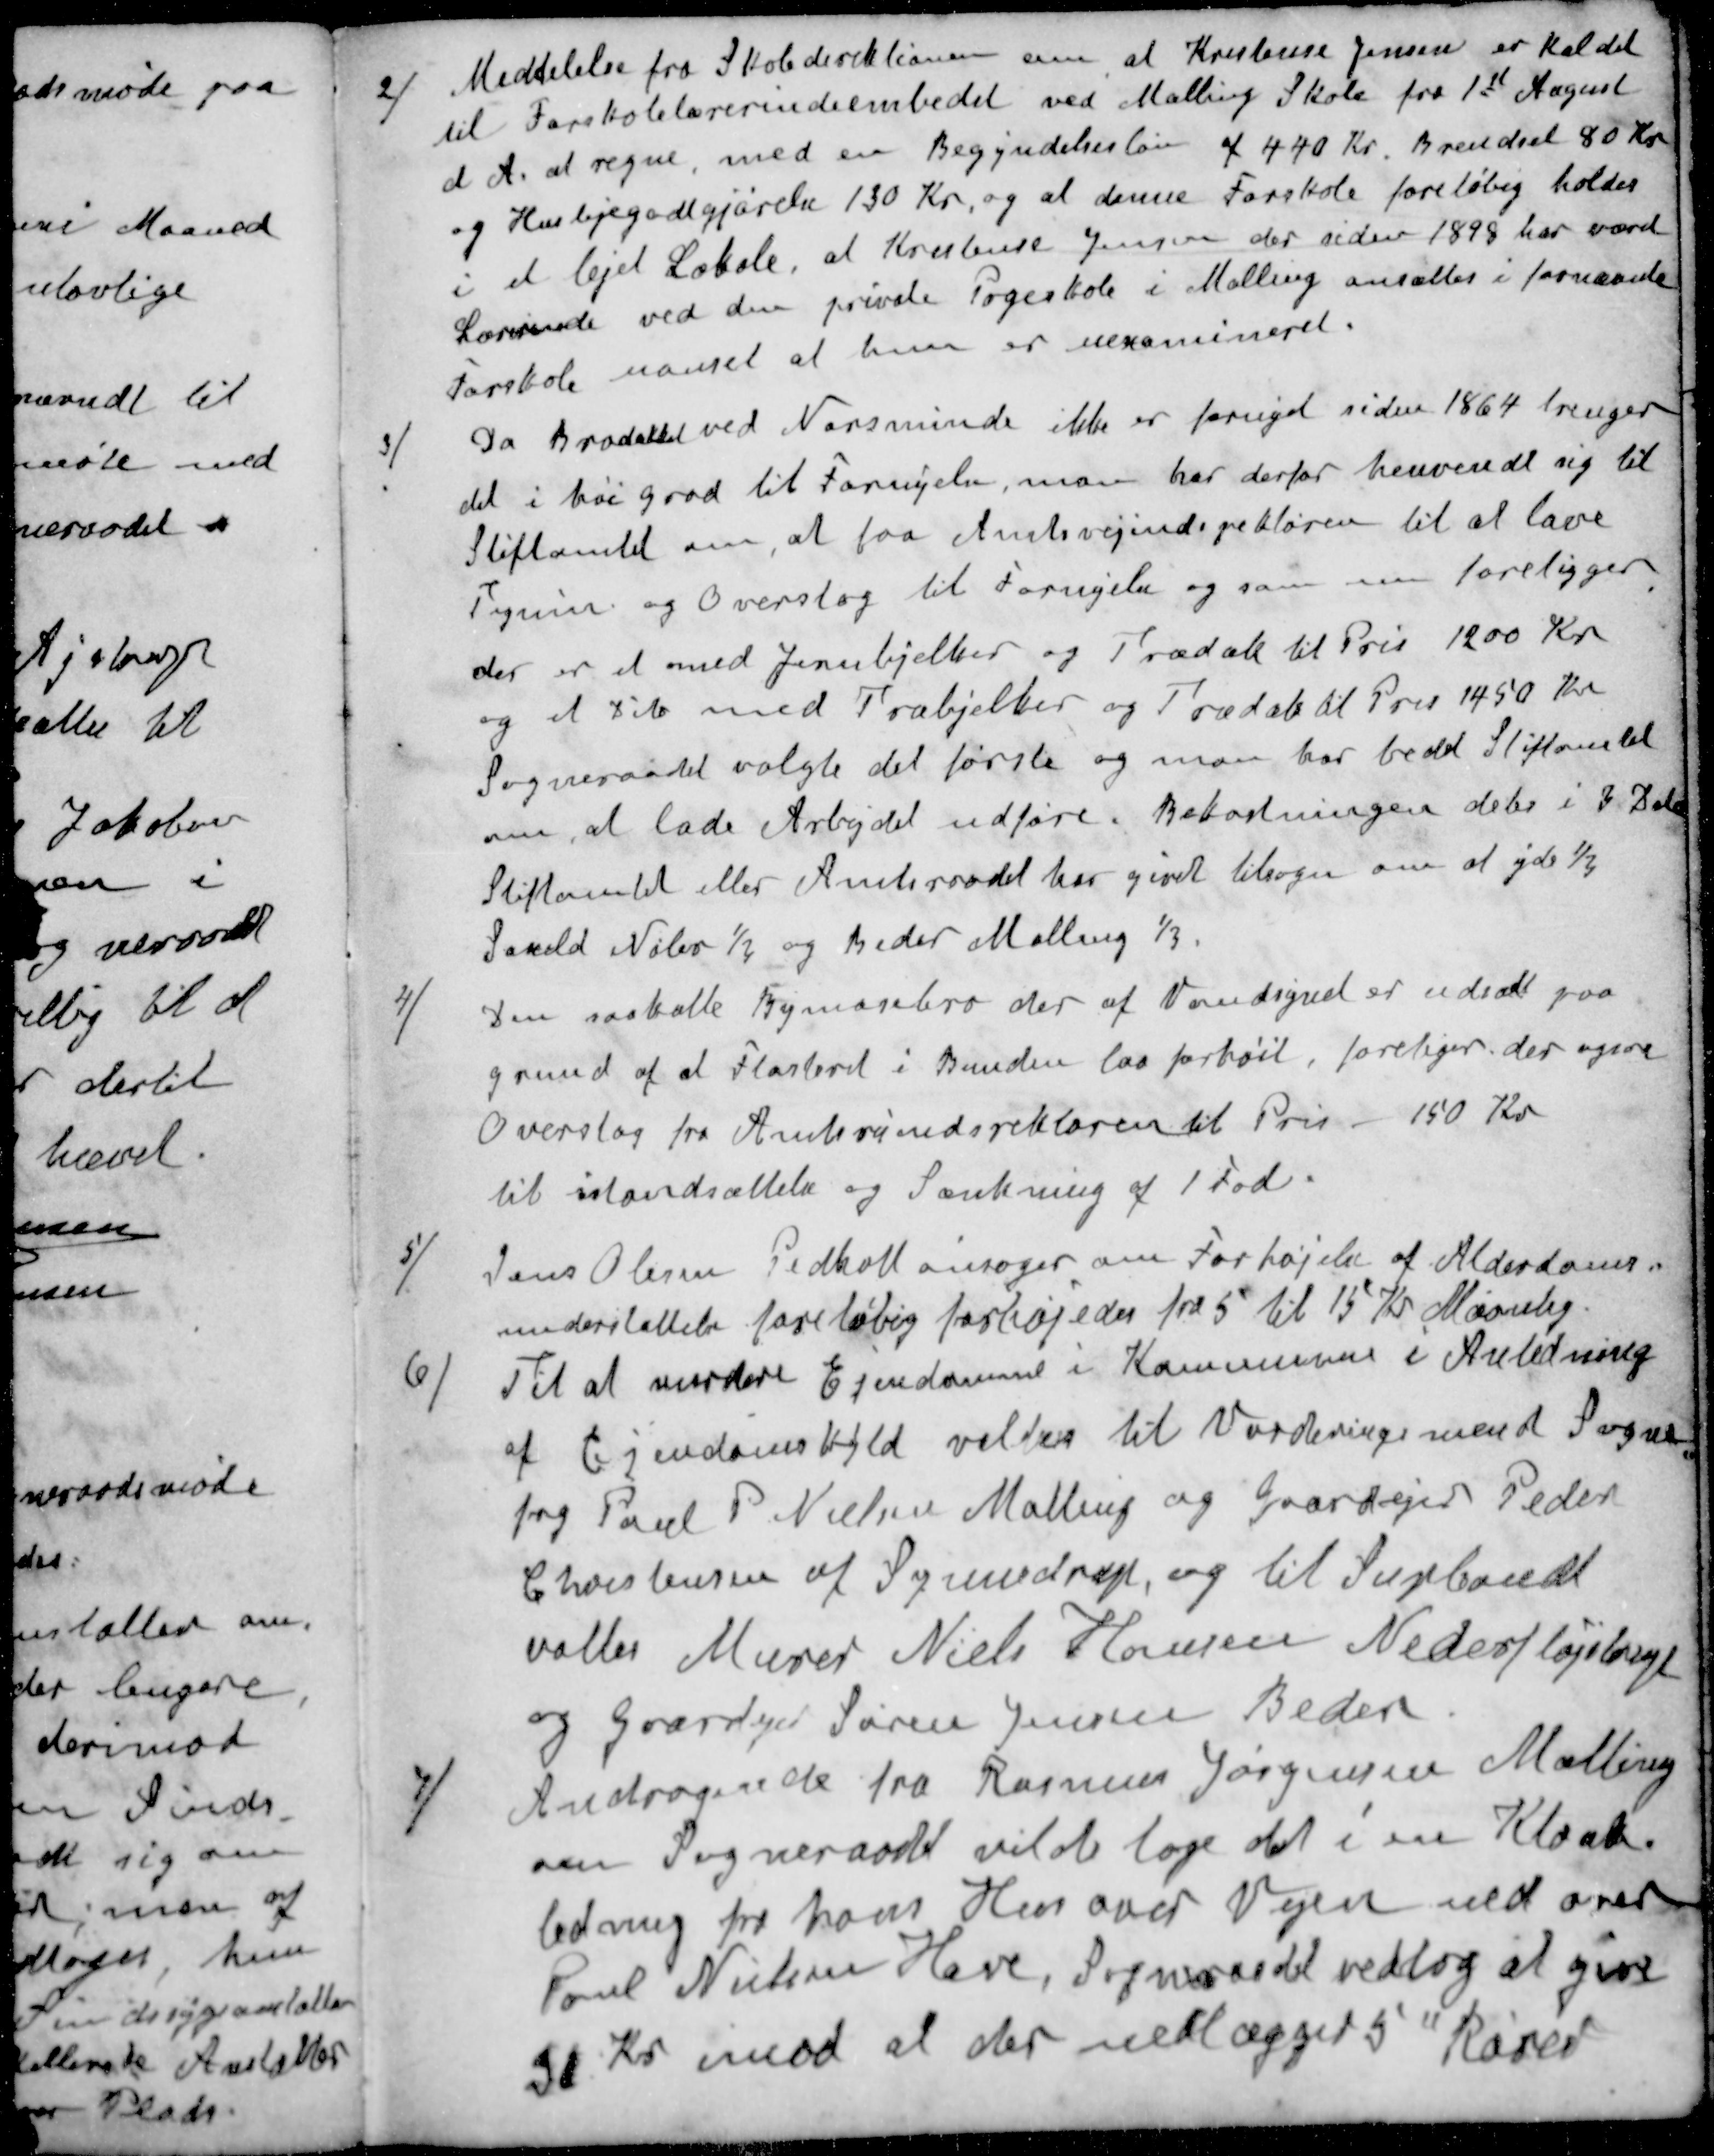
Transskription:
2 / Meddelelse fra Skoledirektionen om at Kristense Jensen er kaldet
til Forskolelærerindeembedet ved Malling Skole fra 1st August
d A. at regne, med en Begyndelsesløn af 440 Kr. Brændsel 80 Kr
og Huslejegodtgjørelse 130 Kr, og at denne Forskole foreløbig holdes
i et lejet Lokale, at Kristense Jensen der siden 1898 har været
Lærerinde ved den private Pogeskole i Malling ansættes i fornævnte
Forskole uanset at hun er uexamineret.
3 / Da Brodækket ved Norsminde ikke er foruget siden 1864 trenger
det i høi grad til Fornyelse, man har derfor henvendt sig til
Stiftamtet om, at faa Amtsvejindspektøren til at lave
Tegning og Overslag til Fornyelse og som nu foreligger
der er et med Jernbjelker og Trædæk til Pris 1200 Kr
og et dito med Træbjelker og Trædæk til Pris 1450 Kr
Sogneraadet valgte det første og man har bedt Stiftamtet
om, at lade Arbejdet udføre. Bekostningen deles i 3 Dele
Stiftamtet eller Amtsraadet har givet tilsagn om at yde ½
Saxild Nølev 1 og Beder Malling 1/3.
4 / Den saakalte Bymosebro der af Vandsynet er udsat paa
grund af at Flasteret i Bunden laa forhøit, foreliger der nyere
Overslag fra Amtsvejindspektøren til Pris - 150 Kr
til istandsættelse og Sænkning af 1 Fod
5 / Jens Olesen Pedholt ansøger om Forhøjelse af Alderdoms-
understøttelse foreløbig forhøjedes fra 5 til 15 Kr Maanlig.
6 / Til at vurdere Ejendomme i Kommunen i Anledning
af Ejendomskyld valtes til Vurderingsmand Sogne-
fog Poul P Nielsen Malling og Gaardejer Peder
Christensen af Synnedrup, og til Supleandt
valtes Murer Niels Hansen Nederfløjstrup
og Gaardejer Søren Jensen Beder
7 / Andragende fra Rasmus Jørgensen Malling
om Sogneraadet vilde tage del i en Kloak-
ledning fra hans Hus over Vejen ned over
Poul Nielsen Have, Sogneraadet vedtog at give
36 Kr. imod at der nedlægget 5 " Rører